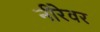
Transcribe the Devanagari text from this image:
नीरेवर